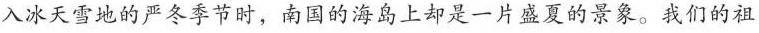
入冰天雪地的严冬季节时，南国的海岛上却是一片盛夏的景象。我们的祖